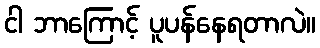
ငါ ဘာကြောင့် ပူပန်နေရတာလဲ။